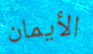
الأيمان